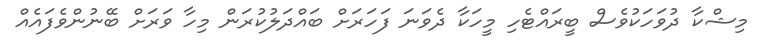
މިޝްކާ ދުވަހަކުވެސް ބީރައްޓެހި މީހަކާ ދެވަނަ ފަހަރަށް ބައްދަލުކުރަން މިހާ ވަރަށް ބޭނުންވެފައެއް